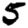
Digit: 5